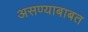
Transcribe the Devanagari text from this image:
असण्याबाबत